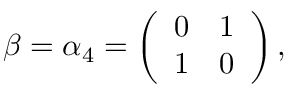
\beta = \alpha _ { 4 } = \left( \begin{array} { l l } { { 0 } } & { { 1 } } \\ { { 1 } } & { { 0 } } \end{array} \right) ,